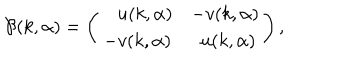
LaTeX: { \cal B } ( k , \alpha ) = \left( \begin{array} { c c } { { \, \, \, \, \, u ( k , \alpha ) } } & { { - v ( k , \alpha ) } } \\ { { - v ( k , \alpha ) } } & { { \, \, u ( k , \alpha ) } } \\ \end{array} \right) ,